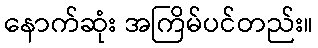
နောက်ဆုံး အကြိမ်ပင်တည်း။